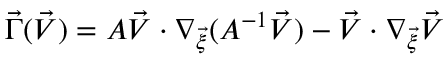
\vec { \Gamma } ( \vec { V } ) = A \vec { V } \cdot \nabla _ { \vec { \xi } } ( A ^ { - 1 } \vec { V } ) - \vec { V } \cdot \nabla _ { \vec { \xi } } \vec { V }